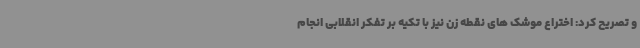
و تصریح کرد: اختراع موشک های نقطه زن نیز با تکیه بر تفکر انقلابی انجام